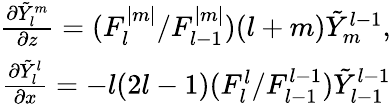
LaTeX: \begin{array}{r}{\frac{\partial\tilde{Y}_{l}^{m}}{\partial z}=({F_{l}^{|m|}}/{F_{l-1}^{|m|}})(l+m)\tilde{Y}_{m}^{l-1},}\\ {\frac{\partial\tilde{Y}_{l}^{l}}{\partial x}=-l(2l-1)({F_{l}^{l}}/{F_{l-1}^{l-1}})\tilde{Y}_{l-1}^{l-1}}\end{array}